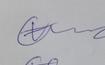
Signature authenticity: genuine